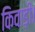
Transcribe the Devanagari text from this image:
किवाड़ी।